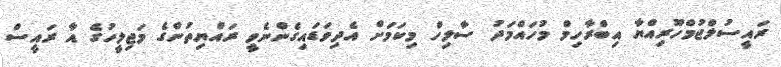
ރައީސުލްޖުމްހޫރިއްޔާ އިބްރާހިމް މުހައްމަދު ސާލިހް މިކަމަށް އެދިވަޑައިގެންނެވީ ރައްޔިތުންގެ މަޖިލީހުގެ އާ ރައީސް